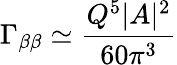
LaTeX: \Gamma_{\beta\beta}\simeq{\frac{Q^{5}|A|^{2}}{60\pi^{3}}}